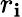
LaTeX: r_{\mathbf{i}}